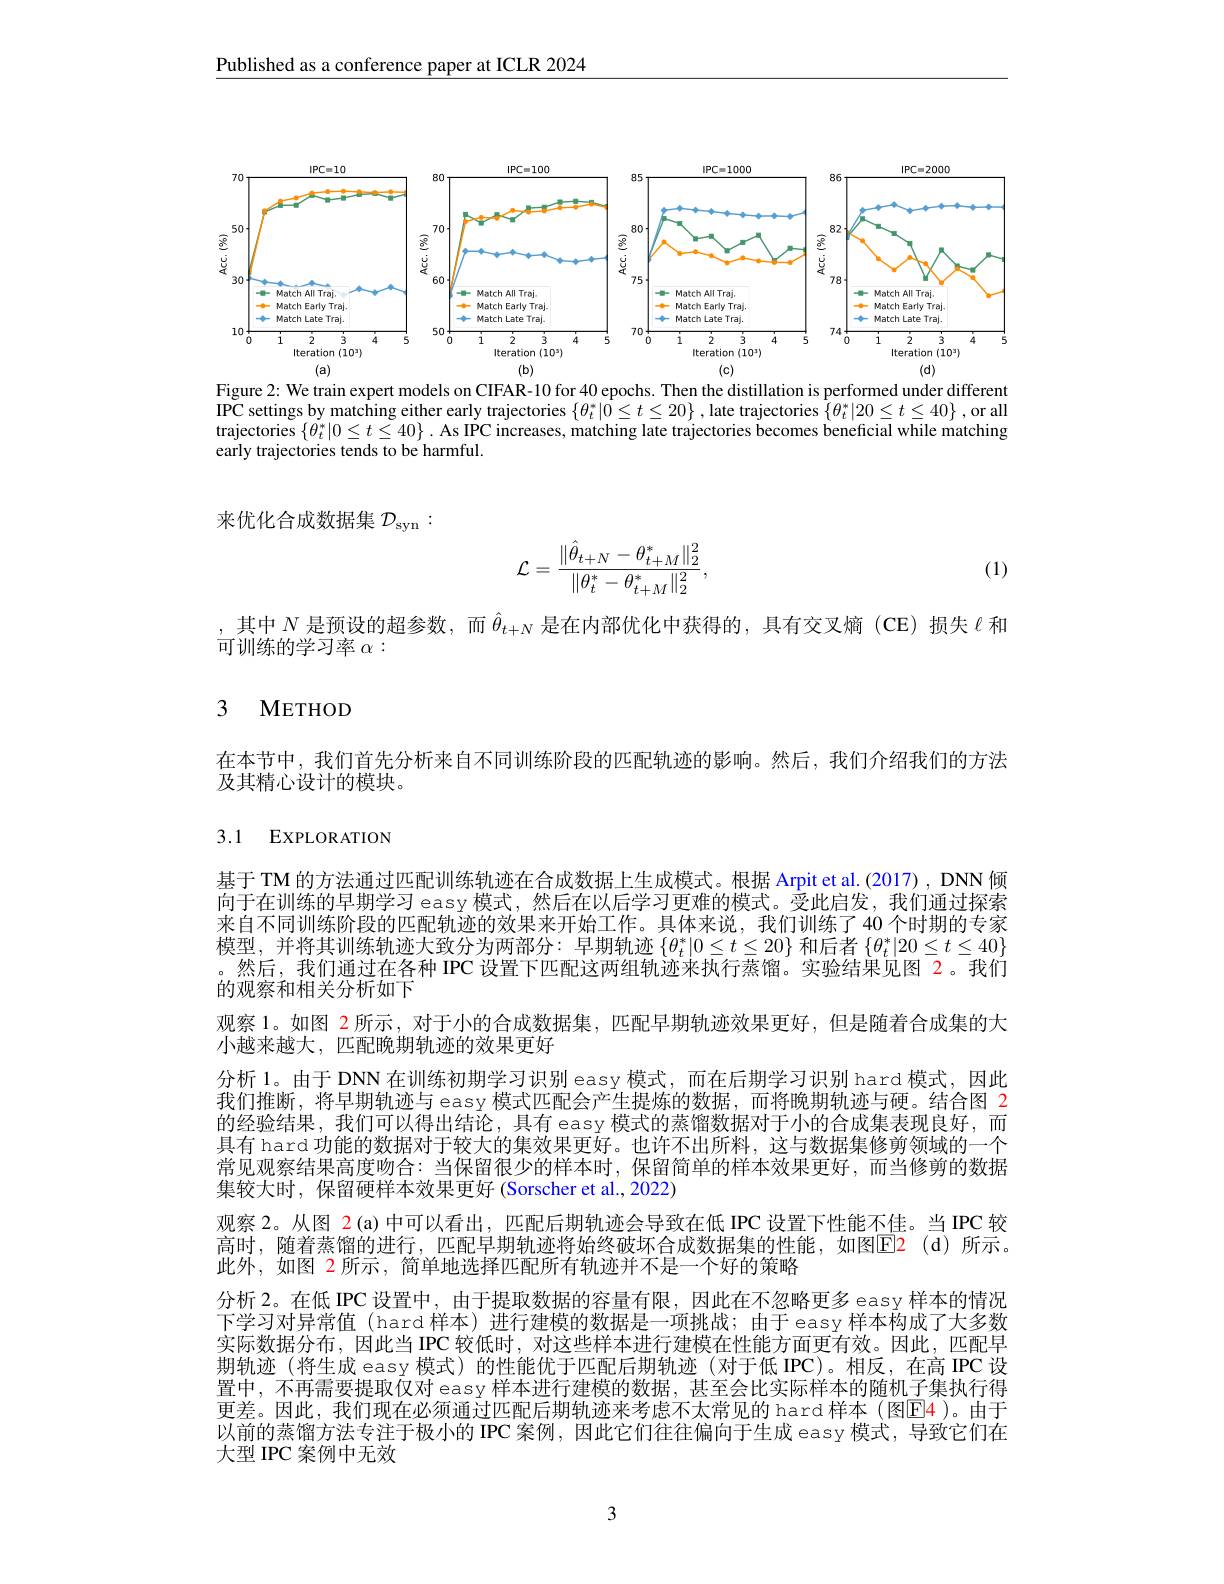
Published as a conference paper at ICLR 2024

<FigureHere>

different
Figure 2: We train expert models on CIFAR-10 for 40 epochs.
distillation is performed
IPC settings by matching either early trajectories $\{\theta_t^*|\tilde{0}\leq t\leq20\}$ ,late trajectories $\{\theta_t^*|20\leq t\leq40\}$ ,or all trajectories $\{\dot{\theta}_{t}^{*}|0\leq t\leq40\}.$ As IPC increases, matching late trajectories becomes beneficial while matching early trajectories tends to be harmful.

来优化合成数据集$\mathcal{D}_\mathrm{syn}:$
$$\mathcal{L}=\frac{\|\hat{\theta}_{t+N}-\theta_{t+M}^{*}\|_{2}^{2}}{\|\theta_{t}^{*}-\theta_{t+M}^{*}\|_{2}^{2}},$$
(1)

其中$N$是预设的超参数，而$\hat{\theta}_{t+N}$是在内部优化中获得的，具有交叉熵 (CE)损失$\ell$和
可训练的学习率$\alpha:$

# 3 METHOD

在本节中，我们首先分析来自不同训练阶段的匹配轨迹的影响。然后，我们介绍我们的方法
及其精心设计的模块。

## 3.1 EXPLORATION

基于 TM 的方法通过匹配训练轨迹在合成数据上生成模式。根据 Arpit et al.(2017), DNN 倾向于在训练的早期学习 easy 模式，然后在以后学习更难的模式。受此启发，我们通过探索来自不同训练阶段的匹配轨迹的效果来开始工作。具体来说，我们训练了 40 个时期的专家模型，并将其训练轨迹大致分为两部分：早期轨迹$\{\theta_t^*|0\leq t\leq20\}$和后者$\{\theta_t^*|20\leq t\leq40\}$ 。然后，我们通过在各种 IPC 设置下匹配这两组轨迹来执行蒸馏。实验结果见图 2。我们的观察和相关分析如下
观察 1。如图 2 所示，对于小的合成数据集，匹配早期轨迹效果更好，但是随着合成集的大
小越来越大，匹配晚期轨迹的效果更好
分析 1。由于 DNN 在训练初期学习识别 easy 模式，而在后期学习识别 hard 模式，因此我们推断，将早期轨迹与 easy 模式匹配会产生提炼的数据，而将晚期轨迹与硬。结合图 2的经验结果，我们可以得出结论，具有 easy 模式的蒸馏数据对于小的合成集表现良好，而具有 hard 功能的数据对于较大的集效果更好。也许不出所料，这与数据集修剪领域的一个常见观察结果高度吻合：当保留很少的样本时，保留简单的样本效果更好，而当修剪的数据集较大时，保留硬样本效果更好 (Sorscher et al.,2022)
观察 2。从图$\color{red}{2}(\mathfrak{a})$中可以看出，匹配后期轨迹会导致在低 IPC 设置下性能不佳。当 IPC 较高时，随着蒸馏的进行，匹配早期轨迹将始终破坏合成数据集的性能，如图$\color{red}{\mathrm{E}}\color{red}{\mathrm{E}}\color{red}{\mathrm{(d)}}$所示。此外，如图 2 所示，简单地选择匹配所有轨迹并不是一个好的策略
分析 2。在低 IPC 设置中，由于提取数据的容量有限，因此在不忽略更多 easy 样本的情况下学习对异常值 (hard 样本)进行建模的数据是一项挑战；由于 easy 样本构成了大多数实际数据分布，因此当 IPC 较低时，对这些样本进行建模在性能方面更有效。因此，匹配早期轨迹 (将生成 easy 模式)的性能优于匹配后期轨迹(对于低 IPC)。相反，在高 IPC 设置中，不再需要提取仅对 easy 样本进行建模的数据，甚至会比实际样本的随机子集执行得更差。因此，我们现在必须通过匹配后期轨迹来考虑不太常见的 hard 样本(图E4)。由于以前的蒸馏方法专注于极小的 IPC 案例，因此它们往往偏向于生成 easy 模式，导致它们在大型 IPC 案例中无效

3